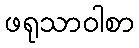
ဖရုသာဝါစာ